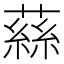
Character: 蕬